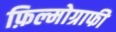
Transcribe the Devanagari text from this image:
फ़िल्मोग्राफी